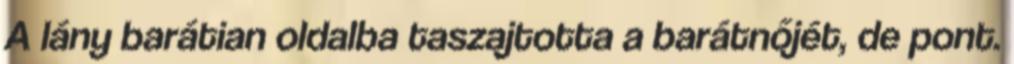
A lány barátian oldalba taszajtotta a barátnőjét, de pont.